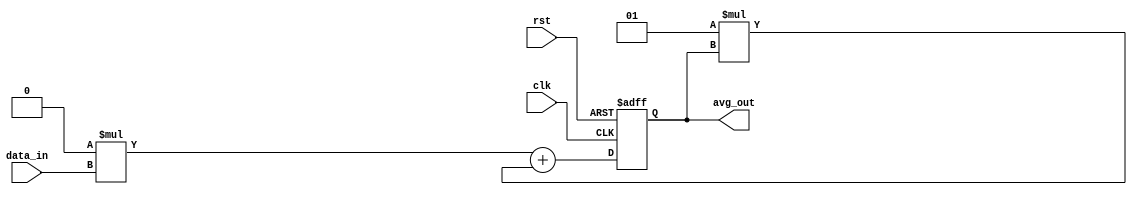
module exp_mov_avg_accumulator (
    input wire clk,
    input wire rst,
    input wire signed [31:0] data_in,
    output reg signed [31:0] avg_out
);

reg signed [31:0] exp_avg;
parameter ALPHA = 0.1; // Weighting constant for exponential moving average

always @(posedge clk or posedge rst) begin
    if (rst) begin
        exp_avg <= 0;
    end else begin
        exp_avg <= (ALPHA * data_in) + ((1 - ALPHA) * exp_avg);
    end
end

assign avg_out = exp_avg;

endmodule